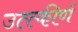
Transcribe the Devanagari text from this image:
उत्त्कीर्ण